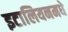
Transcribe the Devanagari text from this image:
इटालियनमधे